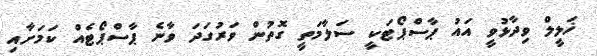
ޚަލީލް ވިދާޅުވީ އައު ޕާސްޕޯޓަކީ ސަލާމަތީ ގޮތުން ވަރުގަދަ ވާނެ ޕާސްޕޯޓެއް ކަމަށާއި